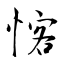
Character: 愘